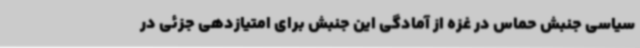
سیاسی جنبش حماس در غزه از آمادگی این جنبش برای امتیازدهی جزئی در